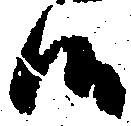
候